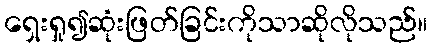
ရှေးရှု၍ဆုံးဖြတ်ခြင်းကိုသာဆိုလိုသည်။